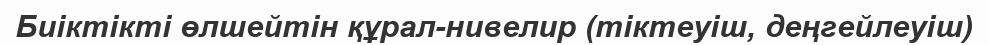
Биіктікті өлшейтін құрал-нивелир (тіктеуіш, деңгейлеуіш)